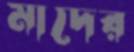
মাদের